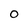
Character: 0